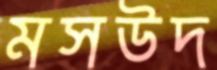
মসউদ